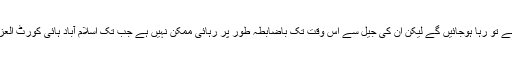
اگرچہ درخواست کے منظور ہونے کے بعد نواز شریف نیب کی حراست سے تو رہا ہوجائیں گے لیکن ان کی جیل سے اس وقت تک باضابطہ طور پر رہائی ممکن نہیں ہے جب تک اسلام آباد ہائی کورٹ العزیزیہ کیس میں ان کی سزا معطل کرکے ان کی ضمانت منظور نہیں کرتی۔